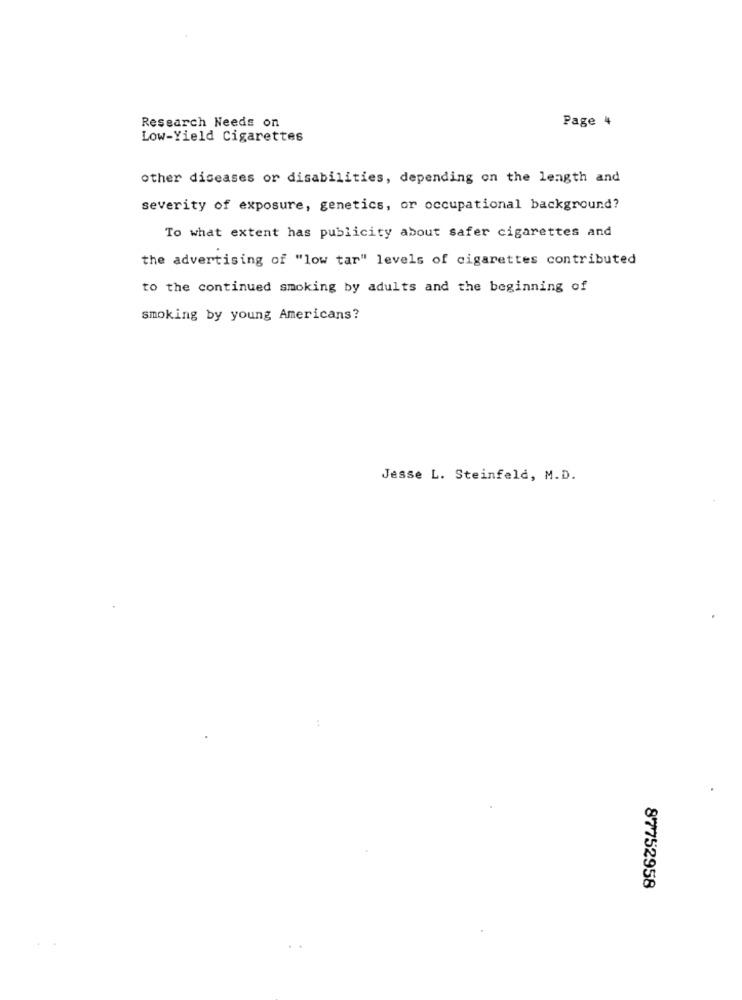
Research Needs on
Page 4
Low-Yield Cigarettes
other diseases or disabilities, depending on the length and
severity of exposure, genetics, or occupational background?
To what extent has publicity about safer cigarettes and
the advertising of "low tar" levels of cigarettes contributed
to the continued smoking by adults and the beginning of
smoking by young Americans?
Jesse L. Steinfeld, M.D.
87752958